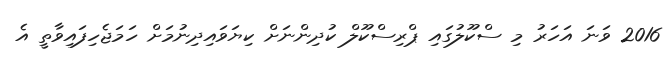
2016 ވަނަ އަހަރު މި ސްކޫލުގައި ޕްރިސްކޫލް ކުދިންނަށް ކިޔަވައިދިނުމަށް ހަމަޖެހިފައިވާތީ އެ